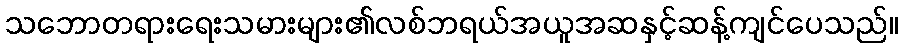
သဘောတရားရေးသမားများ၏လစ်ဘရယ်အယူအဆနှင့်ဆန့်ကျင်ပေသည်။